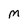
Character: M